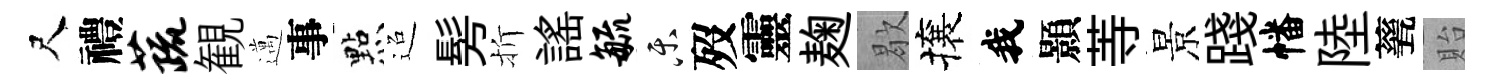
尺禮蔬観邁事㸃迢髣折謡毓乐歿靈麹歇攘我顥䓁景踐幡陸甆貽